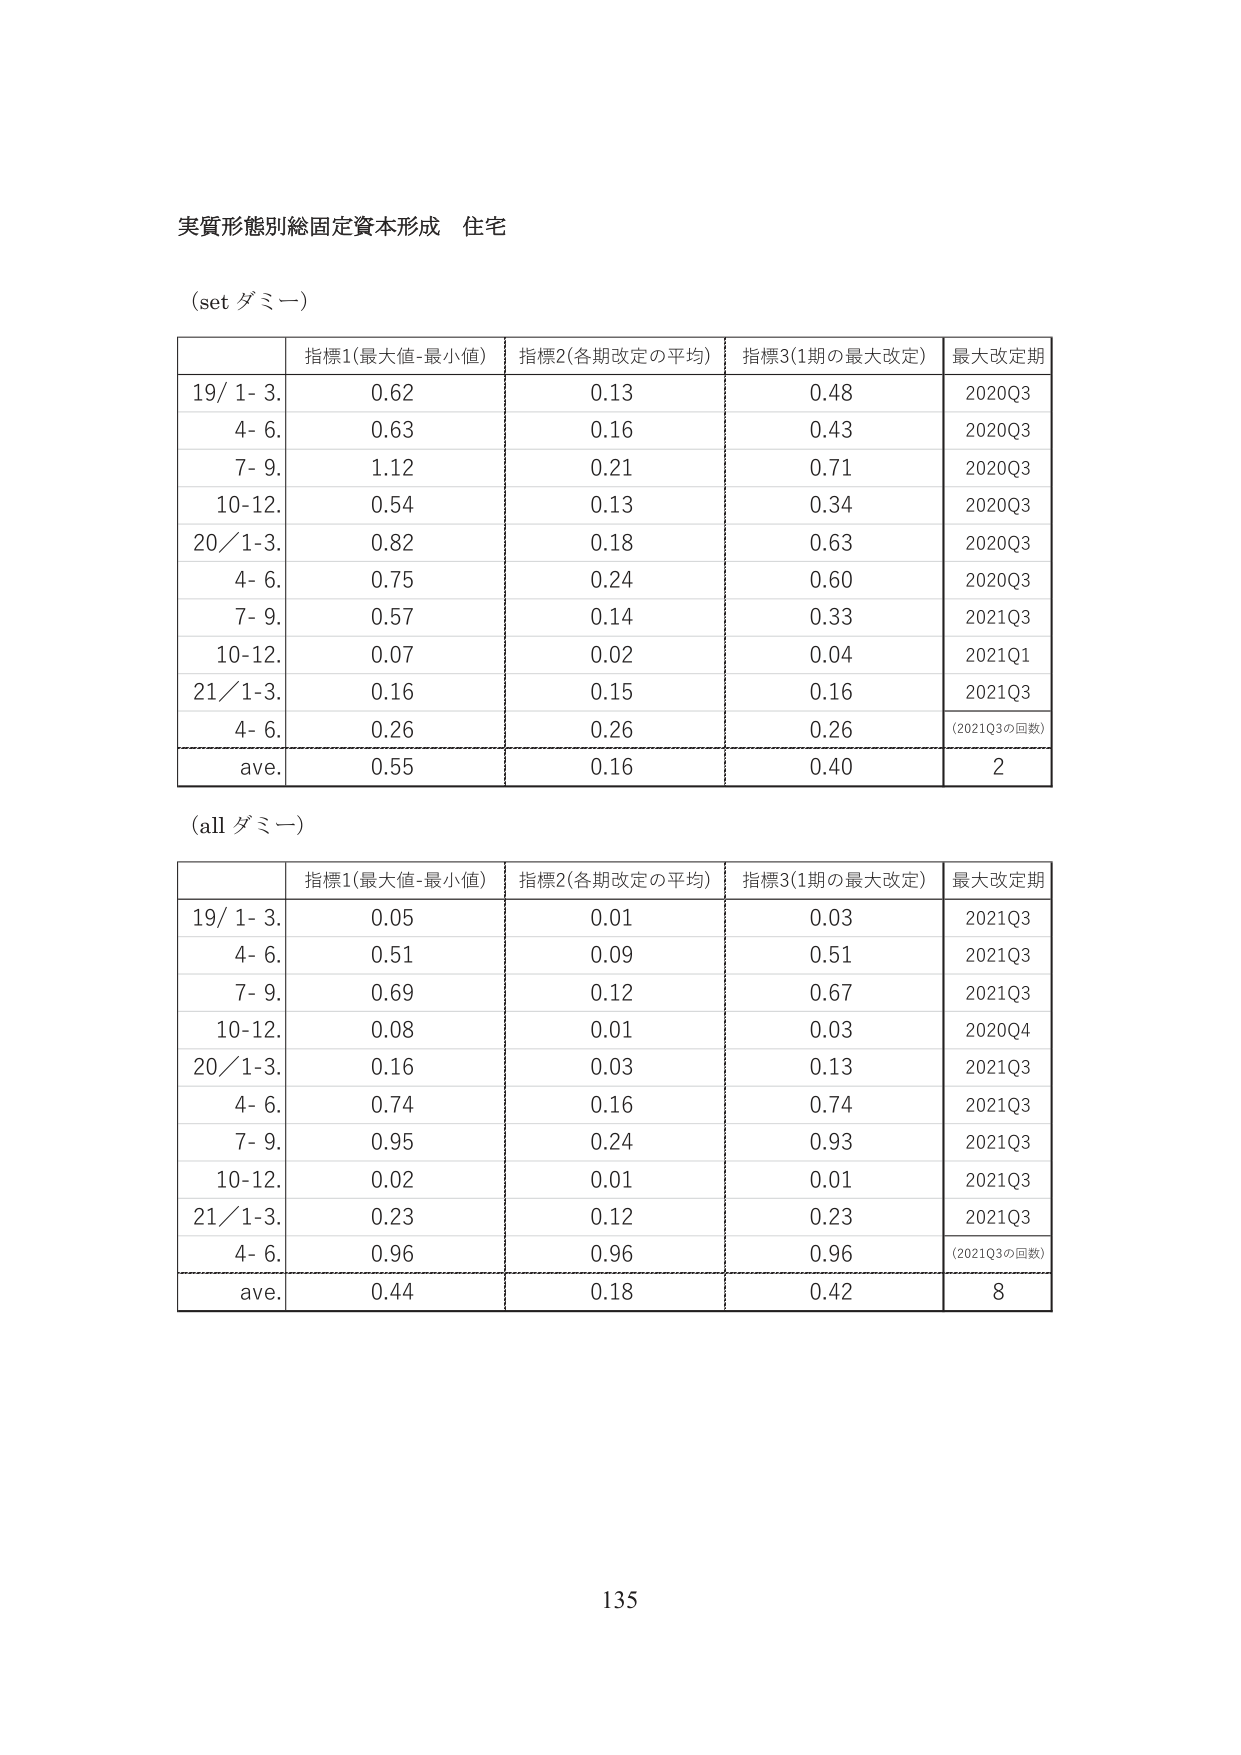
実質形態別総固定資本形成 住宅

(set ダミー)

指標1(最大値-最小値) 指標2(各期改定の平均) 指標3(1期の最大改定) 最大改定期
19/ 1- 3. 0.62 0.13 0.48 2020Q3
4- 6. 0.63 0.16 0.43 2020Q3
7- 9. 1.12 0.21 0.71 2020Q3
10-12. 0.54 0.13 0.34 2020Q3
20/1-3. 0.82 0.18 0.63 2020Q3
4- 6. 0.75 0.24 0.60 2020Q3
7- 9. 0.57 0.14 0.33 2021Q3
10-12. 0.07 0.02 0.04 2021Q1
21/1-3. 0.16 0.15 0.16 2021Q3
4- 6. 0.26 0.26 0.26 (2021Q3の回数)
ave. 0.55 0.16 0.40 2

(all ダミー)

指標1(最大値-最小値) 指標2(各期改定の平均) 指標3(1期の最大改定) 最大改定期
19/ 1- 3. 0.05 0.01 0.03 2021Q3
4- 6. 0.51 0.09 0.51 2021Q3
7- 9. 0.69 0.12 0.67 2021Q3
10-12. 0.08 0.01 0.03 2020Q4
20/1-3. 0.16 0.03 0.13 2021Q3
4- 6. 0.74 0.16 0.74 2021Q3
7- 9. 0.95 0.24 0.93 2021Q3
10-12. 0.02 0.01 0.01 2021Q3
21/1-3. 0.23 0.12 0.23 2021Q3
4- 6. 0.96 0.96 0.96 (2021Q3の回数)
ave. 0.44 0.18 0.42 8

135